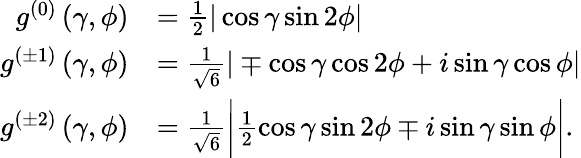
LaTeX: \begin{array}{rl}{g^{(0)}\left(\gamma,\phi\right)}&{=\frac{1}{2}|\cos\gamma\sin 2\phi|}\\ {g^{(\pm 1)}\left(\gamma,\phi\right)}&{=\frac{1}{\sqrt{6}}|\mp\cos\gamma\cos 2\phi+i\sin\gamma\cos\phi|}\\ {g^{(\pm 2)}\left(\gamma,\phi\right)}&{=\frac{1}{\sqrt{6}}\bigg|\frac{1}{2}\cos\gamma\sin 2\phi\mp i\sin\gamma\sin\phi\bigg|.}\end{array}